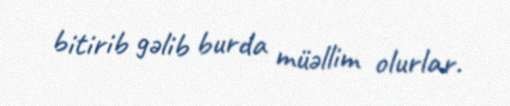
bitirib gəlib burda müəllim olurlar.